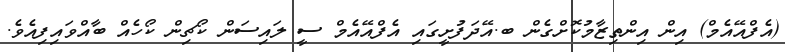
(އެފްއޭއެމް) އިން އިންތިޒާމުކޮށްގެން ބ.އޭދަފުށީގައި އެފްއޭއެމް ސީ ލައިސަން ކޯޗިން ކޯހެއް ބާއްވައިފިއެވެ.